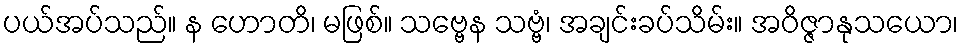
ပယ်အပ်သည်။ န ဟောတိ၊ မဖြစ်။ သဗ္ဗေန သဗ္ဗံ၊ အချင်းခပ်သိမ်း။ အဝိဇ္ဇာနုသယော၊